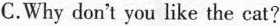
C.Why don't you like the cat?